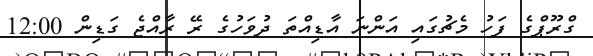
ގްރޫޕްގެ ފަހު މެޗުގައި އަންނަ އާޑިއްތަ ދުވަހުގެ ރޭ ރާއްޖެ ގަޑިން 12:00